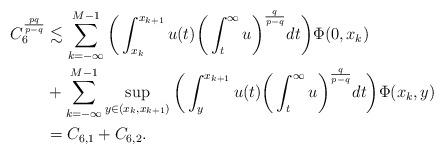
LaTeX: \begin{align*}C_6^{\frac{pq}{p-q}} &\lesssim \sum_{k=-\infty}^{M-1} \bigg(\int_{x_k}^{x_{k+1}} u(t)\bigg(\int_t^{\infty} u \bigg)^{\frac{q}{p-q}} dt\bigg) \Phi(0,x_k) \\&+ \sum_{k=-\infty}^{M-1} \sup_{y \in (x_k, x_{k+1})}\bigg(\int_y^{x_{k+1}} u(t)\bigg(\int_t^{\infty} u \bigg)^{\frac{q}{p-q}} dt\bigg) \Phi(x_k,y) \\& = C_{6,1} + C_{6,2}. \end{align*}